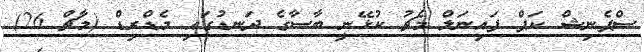
ސްޕެނިޝް ކަޕް ފައިނަލް މެޗު ކުޅޭނީ ބާސާގެ ދަނޑުގައި މެޑްރިޑް (މާޗް 26)